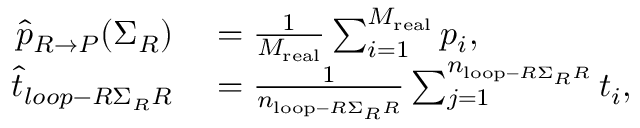
\begin{array} { r l } { \widehat { p } _ { R \rightarrow P } ( \Sigma _ { R } ) } & { { } = \frac { 1 } { M _ { \mathrm { r e a l } } } \sum _ { i = 1 } ^ { M _ { \mathrm { r e a l } } } p _ { i } , } \\ { \widehat { t } _ { l o o p - R \Sigma _ { R } R } } & { { } = \frac { 1 } { n _ { \mathrm { l o o p } - R \Sigma _ { R } R } } \sum _ { j = 1 } ^ { n _ { \mathrm { l o o p } - R \Sigma _ { R } R } } t _ { i } , } \end{array}